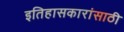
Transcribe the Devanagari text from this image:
इतिहासकारांसाठी